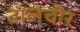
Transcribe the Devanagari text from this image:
तालचीर